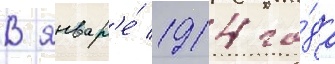
В январ'е́ 1914 го́да